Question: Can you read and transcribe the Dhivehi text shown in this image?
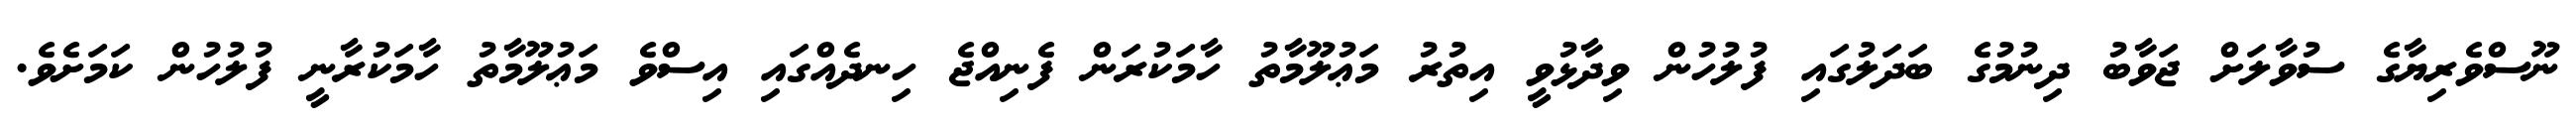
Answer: ނޫސްވެރިޔާގެ ސުވާލަށް ޖަވާބު ދިނުމުގެ ބަދަލުގައި ފުލުހުން ވިދާޅުވީ އިތުރު މަޢުލޫމާތު ހާމަކުރަން ފެނިއްޖެ ހިނދެއްގައި އިސްވެ މަޢުލޫމާތު ހާމަކުރާނީ ފުލުހުން ކަމަށެވެ.